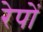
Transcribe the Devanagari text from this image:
रेपों